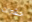
حشرات